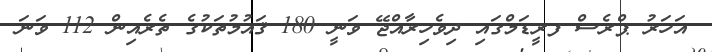
އަހަރު ޕްރެސް ފރީޑަމްގައި ދިވެހިރާއްޖޭ ވަނީ 180 ޤައުމުތަކުގެ ތެރެއިން 112 ވަނަ